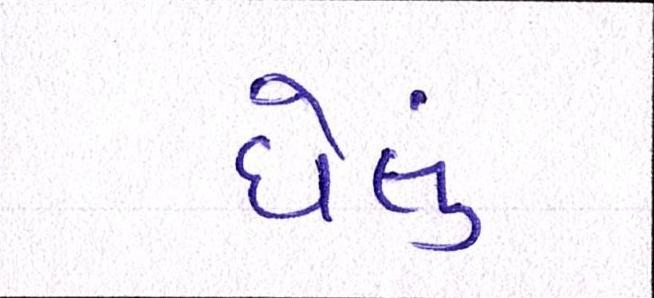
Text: ઘેલું